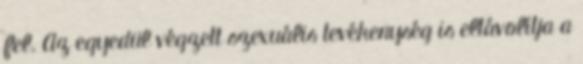
fel. Az egyedül végzett szexuális tevékenység is eltávolítja a